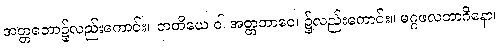
အတ္တဘော၌လည်းကောင်း။ တတိယေ ဝါ အတ္တဘာဝေ၊ ၌လည်းကောင်း။ မဂ္ဂဖလဘာဂိနော၊